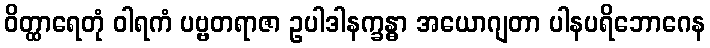
ဝိတ္ထာရေတုံ ဝါရကံ ပဗ္ဗတရာဇာ ဥပါဒါနက္ခန္ဓာ အယောဂျတာ ပါနပရိဘောဂေန